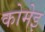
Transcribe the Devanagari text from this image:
कोमेइ